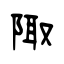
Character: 陬